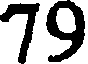
79